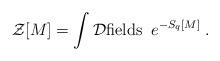
LaTeX: \begin{align*}{\cal Z}[M] = \int {\cal D}{\mbox{fields}} \;\; e^{-S_q[M]}\; .\end{align*}